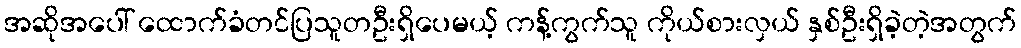
အဆိုအပေါ် ထောက်ခံတင်ပြသူတဦးရှိပေမယ့် ကန့်ကွက်သူ ကိုယ်စားလှယ် နှစ်ဦးရှိခဲ့တဲ့အတွက်